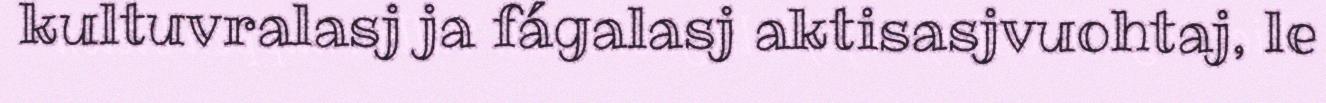
kultuvralasj ja fágalasj aktisasjvuohtaj, le